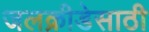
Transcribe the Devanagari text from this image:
जलक्रीडेसाठी